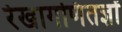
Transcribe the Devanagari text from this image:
रेखागणितज्ञों